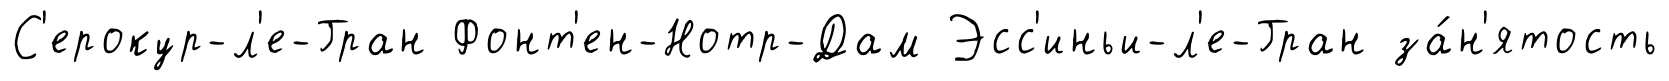
С'ерокур-л'е-Гран Фонт'ен-Нотр-Дам Эсс'иньи-л'е-Гран за́н'ятость